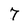
Character: 7